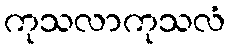
ကုသလာကုသလံ